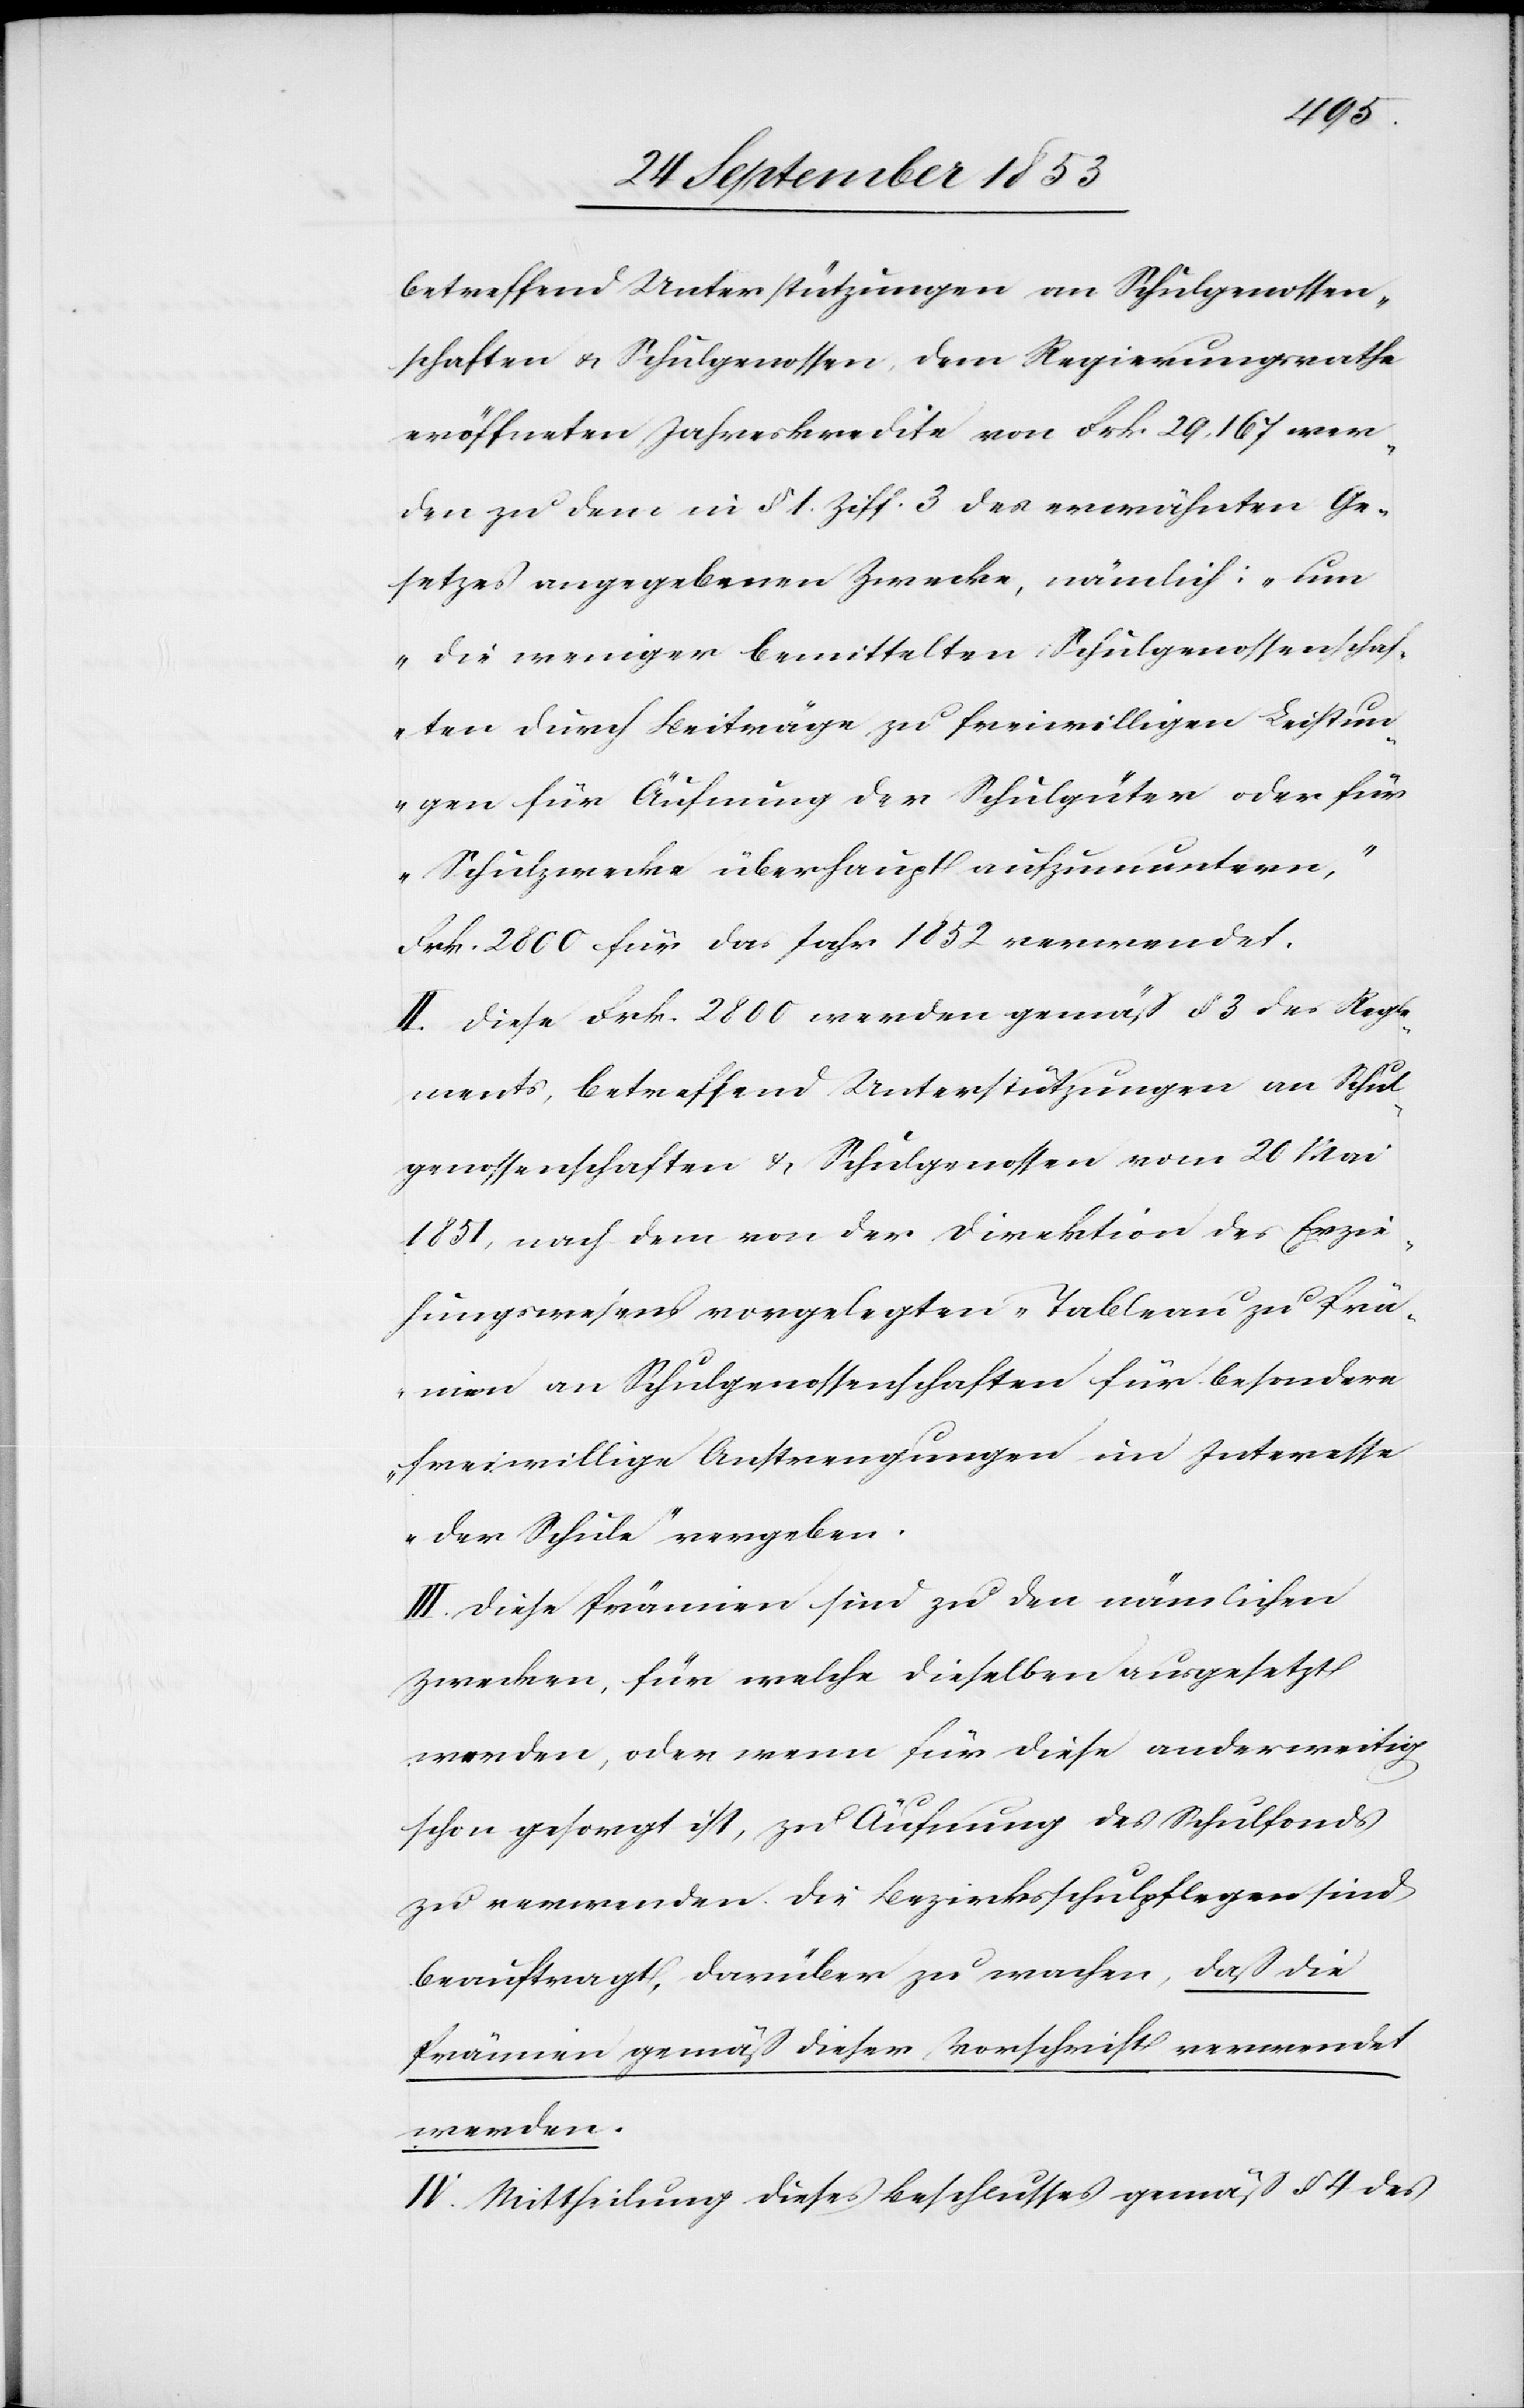
betreffend Unterstützungen von Schulgenossen¬
schaften u. Schulgenossen, dem Regierungsrathe
eröffneten Jahreskredite von Frk. 29,167 wer¬
den zu dem in § 1 Ziff. 3 des erwähnten Ge¬
setzes angegebenen Zwecke, nämlich: „um
die weniger bemittelten Schulgenossenschaf¬
ten durch Beiträge zu freiwilligen Leistun¬
gen für Äufnung der Schulgüter oder für
Schulzwecke überhaupt aufzumuntern,“
Frk. 2800 für das Jahr 1852 verwendet.
II. Diese Frk. 2800 werden gemäß § 3 des Regle¬
ments, betreffend Unterstützungen an Schul¬
genossenschaften u. Schulgenossen vom 20 Mai
1851, nach dem von der Direktion des Erzie¬
hungswesens vorgelegten „Tableau zu Prä¬
mien an Schulgenossenschaften für besondere
freiwillige Anstrengungen im Interesse
der Schule“ vergeben.
III. Diese Prämien sind zu den nämlichen
Zwecken, für welche dieselben ausgesetzt
werden, oder wenn für diese anderweitig
schon gesorgt ist, zu Äufnung des Schulfonds
zu verwenden. Die Bezirksschulpflegen sind
beauftragt, darüber zu wachen, daß die
Prämien gemäß dieser Vorschrift verwendet
werden.
IV. Mittheilung dieses Beschlusses gemäß § 4 des